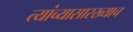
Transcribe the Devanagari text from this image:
त्यांच्यासारख्याच